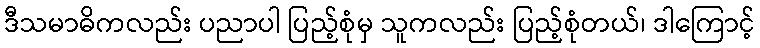
ဒီသမာဓိကလည်း ပညာပါ ပြည့်စုံမှ သူကလည်း ပြည့်စုံတယ်၊ ဒါကြောင့်